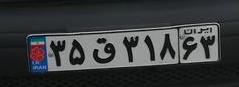
۳۵ق۳۱۸۶۳